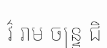
វ៌ រាម ចន្ទ្រ ជិ